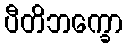
ပီတိဘက္ခော